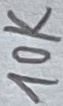
Text: 10K